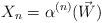
LaTeX: \begin{align*} X_n = \alpha^{(n)}(\vec{W})\end{align*}